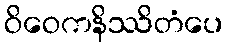
ဝိဝေကနိဿိတံပေ